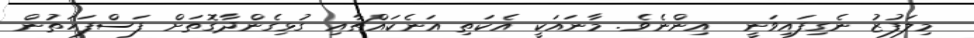
މިލަފުޒު ނެގިފައިވަނީ  އިންނެވެ. މާނައަކީ އެކަތި އަނެކައްޗާއި ގުޅިގެންދާގޮތަށް ފަސްފަހަތުން